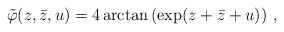
\begin{align*}\tilde{\varphi}(z,\bar{z},u)=4\arctan\left(\exp(z+\bar{z}+u)\right)\,,\end{align*}